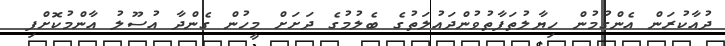
ދުއާކުރަން އެންގުމުން ހިޔާލުތަފާތުވުންދައުލަތުގެ ބެލުމުގެ ދަށަށް މީހުން ގެންދާ އުސޫލު އާންމުކޮށްފި